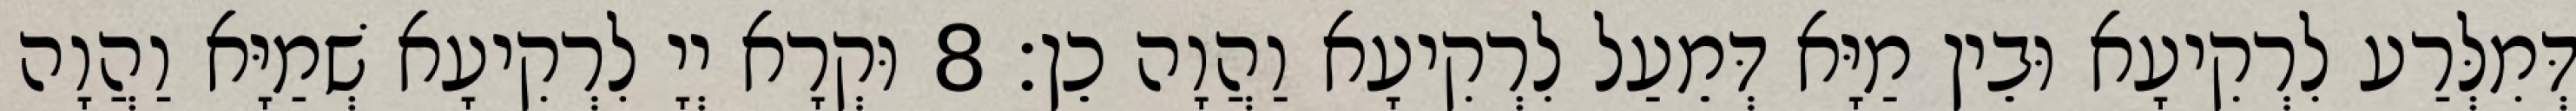
דְּמִלְּרַע לִרְקִיעָא וּבֵין מַיָּא דְּמֵעַל לִרְקִיעָא וַהֲוָה כֵן׃ 8 וּקְרָא יְיָ לִרְקִיעָא שְׁמַיָּא וַהֲוָה